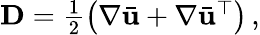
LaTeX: \begin{array}{r}{{\mathbf D}=\frac{1}{2}\left(\nabla\bar{\mathbf u}+\nabla\bar{\mathbf u}^{\top}\right)\, ,}\end{array}